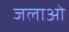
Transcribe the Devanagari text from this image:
जलाओ